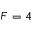
F = 4